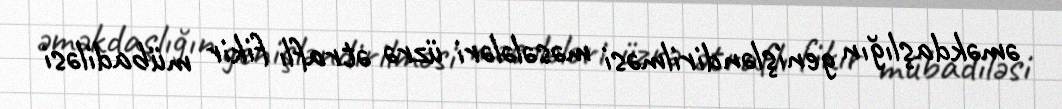
əməkdaşlığın genişləndirilməsi məsələləri üzrə ətraflı fikir mübadiləsi